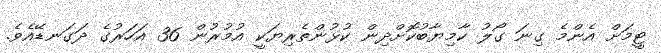
ޓީމަށް އެންމެ ގިނަ ގޯލު ކާމިޔާބުކޮށްދިން ކުޅުންތެރިޔަކީ އުމުރުން 36 އަހަރުގެ ދަގަނޑޭއެވެ.